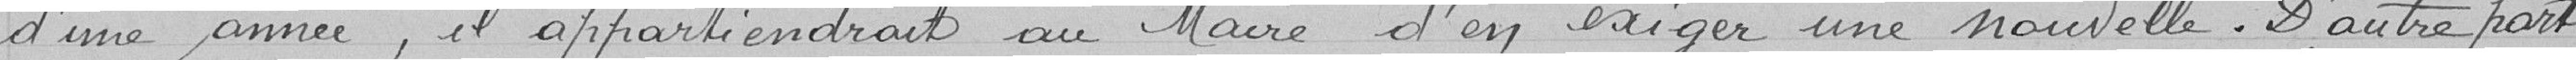
d'une année, il appartiendrait au maire d'en exiger une nouvelle. D'autre part,